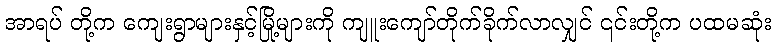
အာရပ် တို့က ကျေးရွာများနှင့်မြို့များကို ကျူးကျော်တိုက်ခိုက်လာလျှင် ၎င်းတို့က ပထမဆုံး